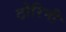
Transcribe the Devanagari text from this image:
टोरिनी